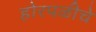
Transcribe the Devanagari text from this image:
होरपळीचे